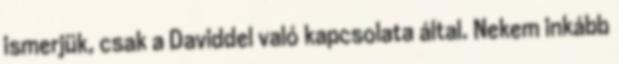
ismerjük, csak a Daviddel való kapcsolata által. Nekem inkább